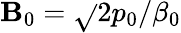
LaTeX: \mathbf{B}_{\mathrm{{0}}}=\sqrt{}{{2p_{\mathrm{{0}}}/\beta_{0}}}